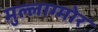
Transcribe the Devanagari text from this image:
मुल्लाग्मोर